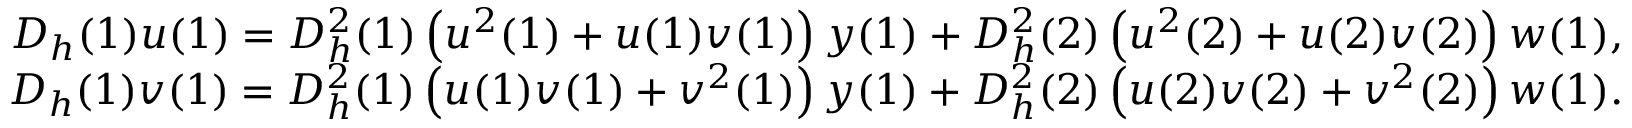
\begin{array} { r } { D _ { h } ( 1 ) u ( 1 ) = D _ { h } ^ { 2 } ( 1 ) \left( u ^ { 2 } ( 1 ) + u ( 1 ) v ( 1 ) \right) y ( 1 ) + D _ { h } ^ { 2 } ( 2 ) \left( u ^ { 2 } ( 2 ) + u ( 2 ) v ( 2 ) \right) w ( 1 ) , } \\ { D _ { h } ( 1 ) v ( 1 ) = D _ { h } ^ { 2 } ( 1 ) \left( u ( 1 ) v ( 1 ) + v ^ { 2 } ( 1 ) \right) y ( 1 ) + D _ { h } ^ { 2 } ( 2 ) \left( u ( 2 ) v ( 2 ) + v ^ { 2 } ( 2 ) \right) w ( 1 ) . } \end{array}